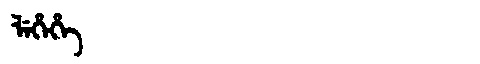
Manchu: ᠯᡝᡥᡝᡥᡝ
Romanization: LEHEHE